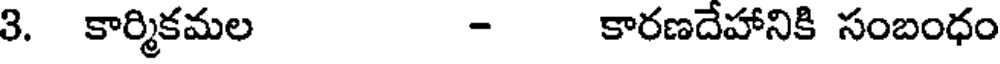
3. కార్మికమల - కారణదేహానికి సంబంధం